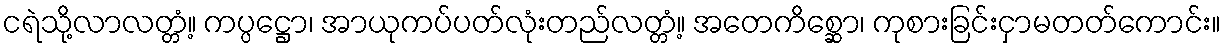
ငရဲသို့လာလတ္တံ့။ ကပ္ပဋ္ဌော၊ အာယုကပ်ပတ်လုံးတည်လတ္တံ့။ အတေကိစ္ဆော၊ ကုစားခြင်းငှာမတတ်ကောင်း။